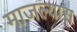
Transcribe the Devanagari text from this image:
माजल्यास